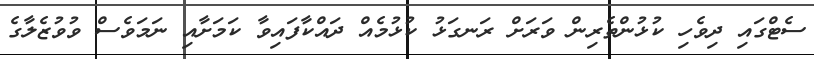
ސެޓްގައި ދިވެހި ކުޅުންތެރިން ވަރަށް ރަނގަޅު ކުޅުމެއް ދައްކާފައިވާ ކަމަށާއި ނަމަވެސް ވުވުޒެލާގެ